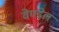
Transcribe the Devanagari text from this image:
वेण्डेल